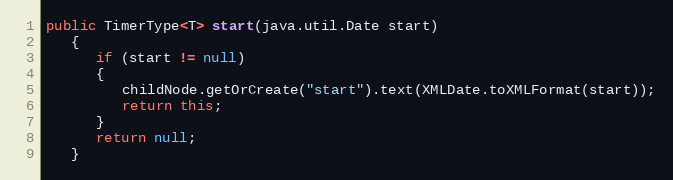
Language: Java
public TimerType<T> start(java.util.Date start)
   {
      if (start != null)
      {
         childNode.getOrCreate("start").text(XMLDate.toXMLFormat(start));
         return this;
      }
      return null;
   }